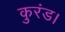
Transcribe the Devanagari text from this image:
कुरंड।